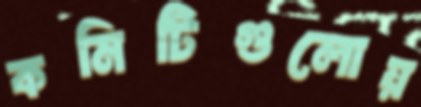
কমিটিগুলোয়